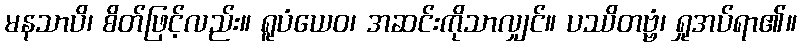
မနသာပိ၊ စိတ်ဖြင့်လည်း။ ရူပံယေဝ၊ အဆင်းကိုသာလျှင်။ ပဿိတဗ္ဗံ၊ ရှုအပ်ရာ၏။